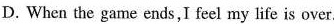
D.When the game ends,I feel my life is over.